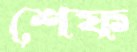
শেফ